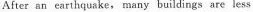
After an earthquake, many buildings are less